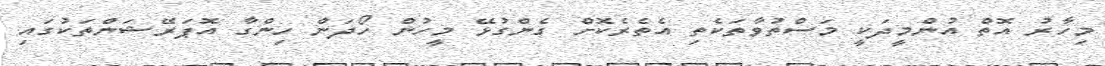
މިހާރު އޮތް އުންމީދަކީ މަސްތުވާތަކެތި އެތެރެކޮށް ގެންގުޅޭ މީހުން ހޯދަން ހިންގާ އޮޕަރޭޝަންތަކުގައި